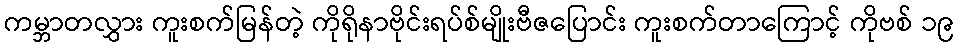
ကမ္ဘာတလွှား ကူးစက်မြန်တဲ့ ကိုရိုနာဗိုင်းရပ်စ်မျိုးဗီဇပြောင်း ကူးစက်တာကြောင့် ကိုဗစ် ၁၉